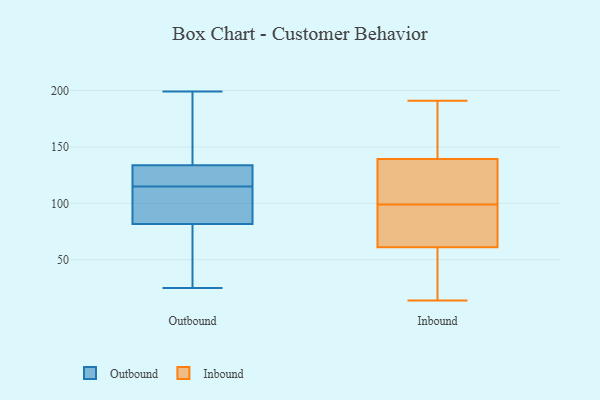
{"axis": {"x": "Website Visitors", "y": "Value"}, "legend": ["Inbound", "Outbound"], "data": [{"x": "", "y": 139, "type": "Outbound"}, {"x": "", "y": 131, "type": "Outbound"}, {"x": "", "y": 31, "type": "Outbound"}, {"x": "", "y": 88, "type": "Outbound"}, {"x": "", "y": 115, "type": "Outbound"}, {"x": "", "y": 191, "type": "Outbound"}, {"x": "", "y": 199, "type": "Outbound"}, {"x": "", "y": 106, "type": "Outbound"}, {"x": "", "y": 63, "type": "Outbound"}, {"x": "", "y": 115, "type": "Outbound"}, {"x": "", "y": 132, "type": "Outbound"}, {"x": "", "y": 92, "type": "Outbound"}, {"x": "", "y": 25, "type": "Outbound"}, {"x": "", "y": 60, "type": "Inbound"}, {"x": "", "y": 184, "type": "Inbound"}, {"x": "", "y": 141, "type": "Inbound"}, {"x": "", "y": 64, "type": "Inbound"}, {"x": "", "y": 132, "type": "Inbound"}, {"x": "", "y": 191, "type": "Inbound"}, {"x": "", "y": 130, "type": "Inbound"}, {"x": "", "y": 14, "type": "Inbound"}, {"x": "", "y": 27, "type": "Inbound"}, {"x": "", "y": 175, "type": "Inbound"}, {"x": "", "y": 145, "type": "Inbound"}, {"x": "", "y": 30, "type": "Inbound"}, {"x": "", "y": 69, "type": "Inbound"}, {"x": "", "y": 99, "type": "Inbound"}, {"x": "", "y": 71, "type": "Inbound"}, {"x": "", "y": 71, "type": "Inbound"}, {"x": "", "y": 20, "type": "Inbound"}, {"x": "", "y": 125, "type": "Inbound"}, {"x": "", "y": 134, "type": "Inbound"}]}